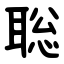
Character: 聡